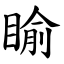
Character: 睮